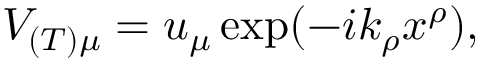
V _ { ( T ) \mu } = u _ { \mu } \exp ( - i k _ { \rho } x ^ { \rho } ) ,